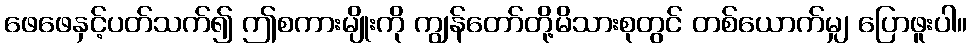
ဖေဖေနှင့်ပတ်သက်၍ ဤစကားမျိုးကို ကျွန်တော်တို့မိသားစုတွင် တစ်ယောက်မျှ ပြောဖူးပါ။